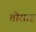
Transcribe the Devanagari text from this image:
तोसाह